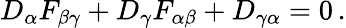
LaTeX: D_{\alpha}F_{\beta\gamma}+D_{\gamma}F_{\alpha\beta}+D_{\gamma\alpha}=0\, .